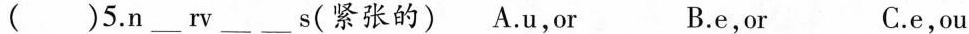
( )5.n ___ rv ___ ___ s(紧张的) A.u,or B.e,or C.e,ou